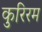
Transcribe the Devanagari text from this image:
कुरिरम